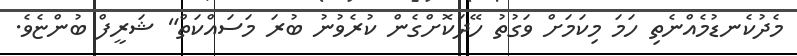
މެދުކެނޑުމެއްނެތި ހަމަ މިކަމަށް ވަގުތު ހޭދަކޮށްގެން ކުރެވުނު ބުރަ މަސައްކަތް" ޝަރީފް ބުންޏެވެ.